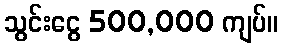
သွင်းငွေ 500,000 ကျပ်။